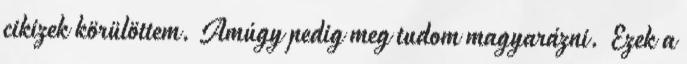
cikizek körülöttem. Amúgy pedig meg tudom magyarázni. Ezek a